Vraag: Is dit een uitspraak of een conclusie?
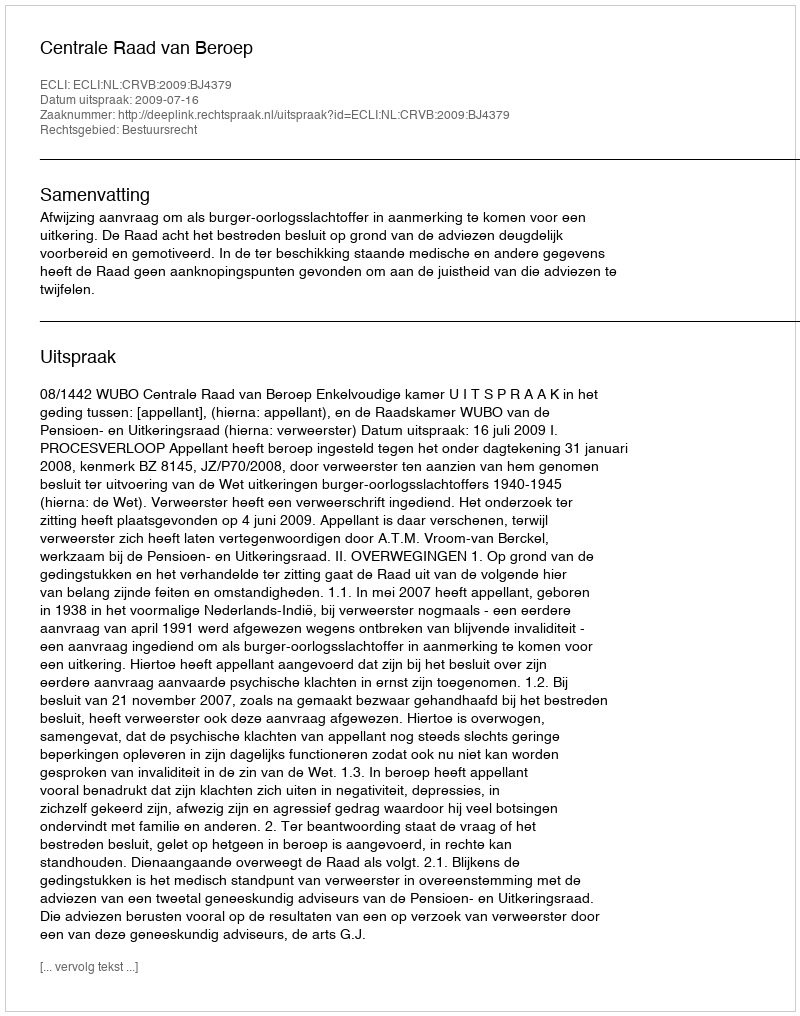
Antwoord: Uitspraak